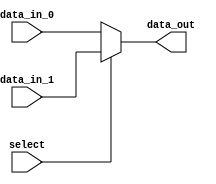
module Mux2to1_48bit (
  input wire [47:0] data_in_0,
  input wire [47:0] data_in_1,
  input wire select,
  output wire [47:0] data_out
);
assign data_out = (select == 1'b0) ? data_in_0 : data_in_1; 

endmodule